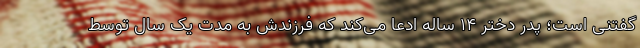
گفتنی است؛ پدر دختر ۱۴ ساله ادعا می‌کند که فرزندش به مدت یک سال توسط